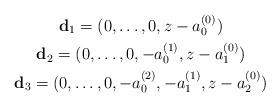
LaTeX: \begin{gather*}\mathbf{d}_{1}=(0,\ldots,0,z-a_{0}^{(0)})\\\mathbf{d}_{2}=(0,\ldots,0,-a_{0}^{(1)},z-a_{1}^{(0)})\\\mathbf{d}_{3}=(0,\ldots,0,-a_{0}^{(2)},-a_{1}^{(1)},z-a_{2}^{(0)})\end{gather*}